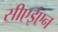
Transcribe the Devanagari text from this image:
सीएईएन